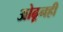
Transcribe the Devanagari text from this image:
ओढूनही